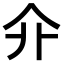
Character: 𠇎